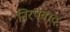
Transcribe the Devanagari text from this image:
निरपवादः